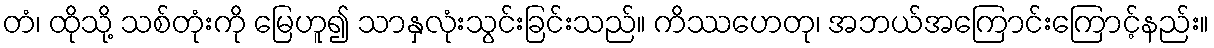
တံ၊ ထိုသို့ သစ်တုံးကို မြေဟူ၍ သာနှလုံးသွင်းခြင်းသည်။ ကိဿဟေတု၊ အဘယ်အကြောင်းကြောင့်နည်း။